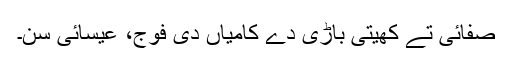
صفائی تے کھیتی باڑی دے کامیاں دی فوج، عیسائی سن۔